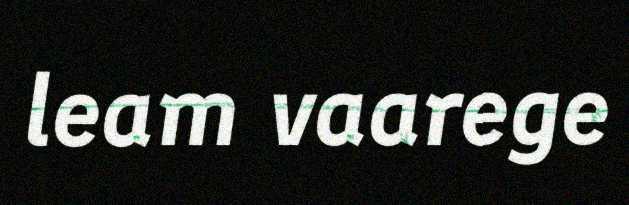
leam vaarege